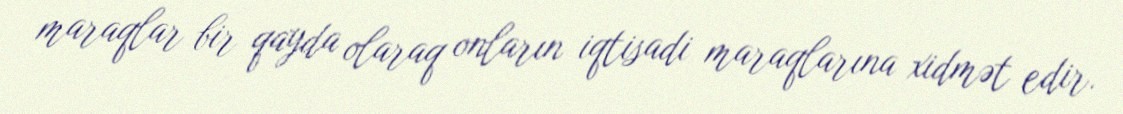
maraqlar bir qayda olaraq onların iqtisadi maraqlarına xidmət edir.